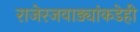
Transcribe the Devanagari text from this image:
राजेरजवाड्यांकडेही